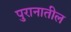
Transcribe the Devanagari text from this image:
पुरानातील